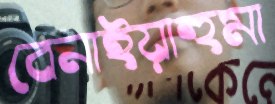
বেনাইয়াহুমা